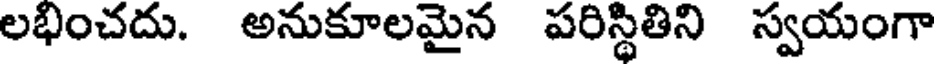
లభించదు. అనుకూలమైన పరిస్థితిని స్వయంగా